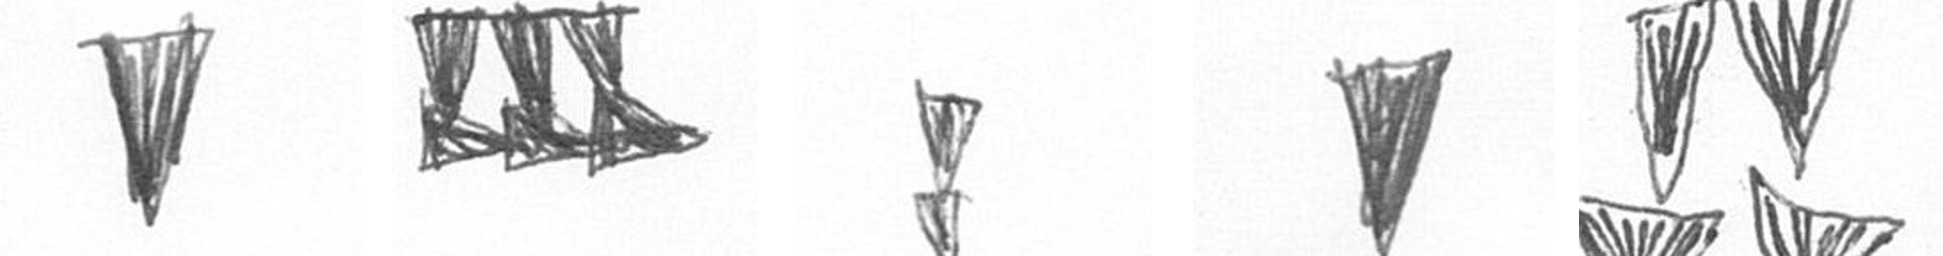
J D Z J B